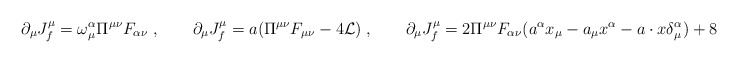
\begin{align*}\partial_\mu J_f^\mu = \omega^\alpha_\mu \Pi^{\mu \nu} F_{\alpha \nu} \;,\quad \quad\partial_\mu J_f^\mu = a (\Pi^{\mu \nu} F_{\mu \nu} - 4 {\cal L}) \;,\quad \quad\partial_\mu J_f^\mu = 2 \Pi^{\mu \nu} F_{\alpha \nu} (a^\alpha x_\mu - a_\mu x^\alpha - a \cdot x \delta^\alpha_\mu)+ 8 a \cdot x {\cal L} \;,\end{align*}